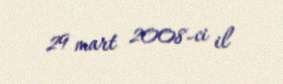
29 mart 2008-ci il